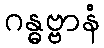
ဂန္ဓဗ္ဗာနံ